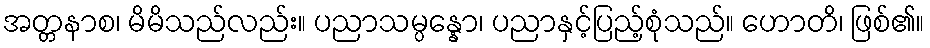
အတ္တနာစ၊ မိမိသည်လည်း။ ပညာသမ္ပန္နော၊ ပညာနှင့်ပြည့်စုံသည်။ ဟောတိ၊ ဖြစ်၏။